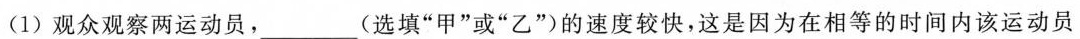
(1)观众观察两运动员，___(选填”甲”或”乙”)的速度较快，这是因为在相等的时间内该运动员